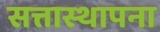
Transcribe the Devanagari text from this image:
सत्तास्थापना